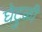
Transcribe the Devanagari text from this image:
घेटुळी